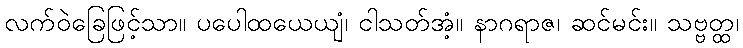
လက်ဝဲခြေဖြင့်သာ။ ပပေါထယေယျံ၊ ငါသတ်အံ့။ နာဂရာဇ၊ ဆင်မင်း။ သဗ္ဗတ္ထ၊